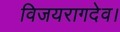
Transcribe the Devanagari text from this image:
विजयरागदेव।